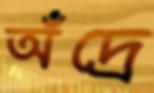
অঁদ্রে